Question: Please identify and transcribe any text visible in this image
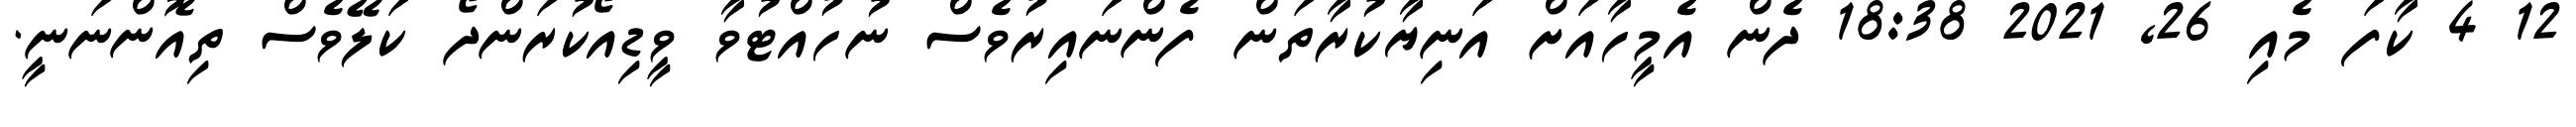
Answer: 12 4 ކާފަ މެއި 26, 2021 18:38 ދެން އެމީހާއަށް އަނިޔާކުރާތަން ފެންނައިރުވެސް ނުހުއްޓުވާ ވީޑިއޯކުރަންދޯ ކަލޭވެސް ތިއޮންނަނީ.